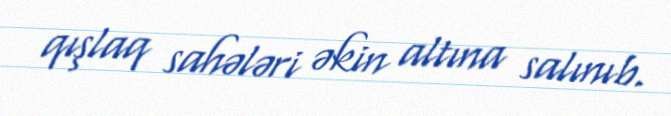
qışlaq sahələri əkin altına salınıb.